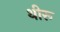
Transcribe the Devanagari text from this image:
थीरू